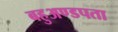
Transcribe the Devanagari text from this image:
बहुअण्डपता